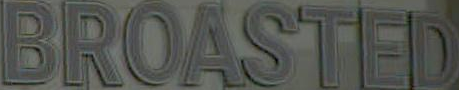
BROASTED